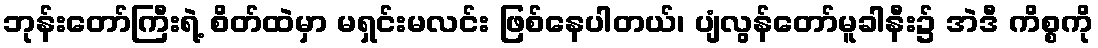
ဘုန်းတော်ကြီးရဲ့ စိတ်ထဲမှာ မရှင်းမလင်း ဖြစ်နေပါတယ်၊ ပျံလွန်တော်မူခါနီး၌ အဲဒီ ကိစ္စကို